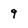
Character: 9